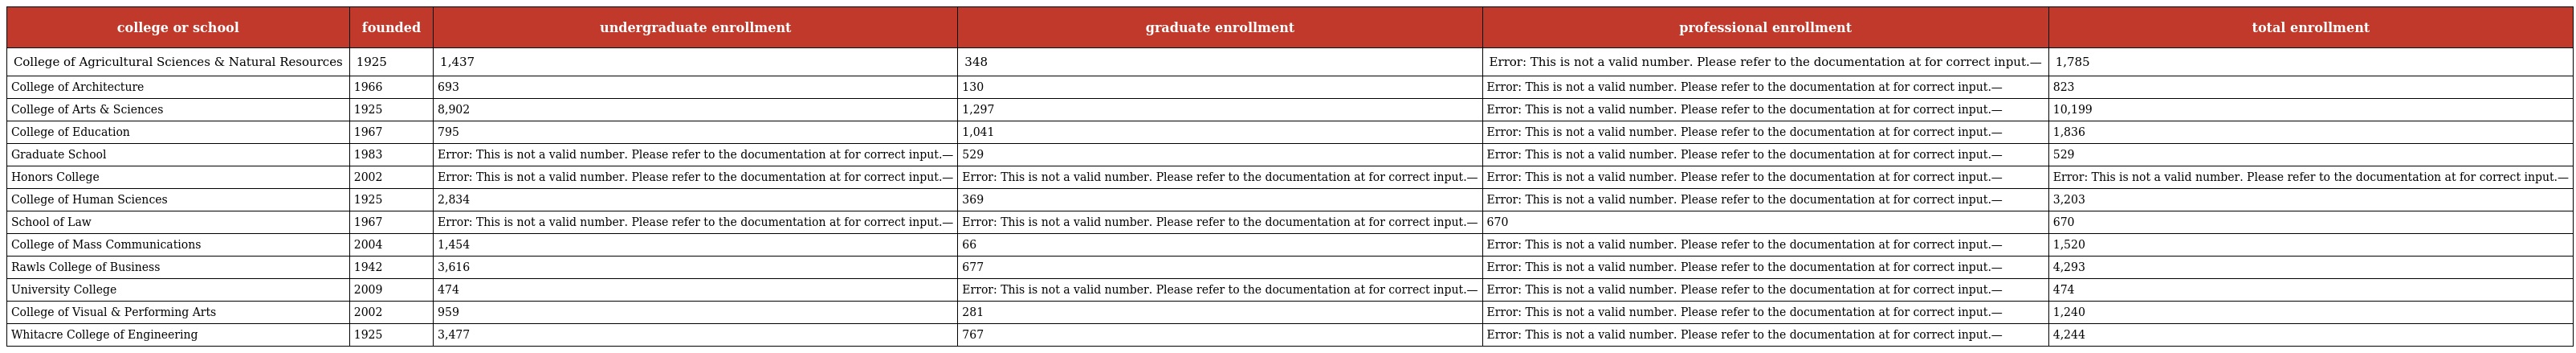
| college or school | founded | undergraduate enrollment | graduate enrollment | professional enrollment | total enrollment |
 | --- | --- | --- | --- | --- | --- |
 | College of Agricultural Sciences & Natural Resources | 1925 | 1,437 | 348 | Error: This is not a valid number. Please refer to the documentation at for correct input.— | 1,785 |
 | College of Architecture | 1966 | 693 | 130 | Error: This is not a valid number. Please refer to the documentation at for correct input.— | 823 |
 | College of Arts & Sciences | 1925 | 8,902 | 1,297 | Error: This is not a valid number. Please refer to the documentation at for correct input.— | 10,199 |
 | College of Education | 1967 | 795 | 1,041 | Error: This is not a valid number. Please refer to the documentation at for correct input.— | 1,836 |
 | Graduate School | 1983 | Error: This is not a valid number. Please refer to the documentation at for correct input.— | 529 | Error: This is not a valid number. Please refer to the documentation at for correct input.— | 529 |
 | Honors College | 2002 | Error: This is not a valid number. Please refer to the documentation at for correct input.— | Error: This is not a valid number. Please refer to the documentation at for correct input.— | Error: This is not a valid number. Please refer to the documentation at for correct input.— | Error: This is not a valid number. Please refer to the documentation at for correct input.— |
 | College of Human Sciences | 1925 | 2,834 | 369 | Error: This is not a valid number. Please refer to the documentation at for correct input.— | 3,203 |
 | School of Law | 1967 | Error: This is not a valid number. Please refer to the documentation at for correct input.— | Error: This is not a valid number. Please refer to the documentation at for correct input.— | 670 | 670 |
 | College of Mass Communications | 2004 | 1,454 | 66 | Error: This is not a valid number. Please refer to the documentation at for correct input.— | 1,520 |
 | Rawls College of Business | 1942 | 3,616 | 677 | Error: This is not a valid number. Please refer to the documentation at for correct input.— | 4,293 |
 | University College | 2009 | 474 | Error: This is not a valid number. Please refer to the documentation at for correct input.— | Error: This is not a valid number. Please refer to the documentation at for correct input.— | 474 |
 | College of Visual & Performing Arts | 2002 | 959 | 281 | Error: This is not a valid number. Please refer to the documentation at for correct input.— | 1,240 |
 | Whitacre College of Engineering | 1925 | 3,477 | 767 | Error: This is not a valid number. Please refer to the documentation at for correct input.— | 4,244 |